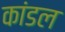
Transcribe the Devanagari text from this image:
कांडल